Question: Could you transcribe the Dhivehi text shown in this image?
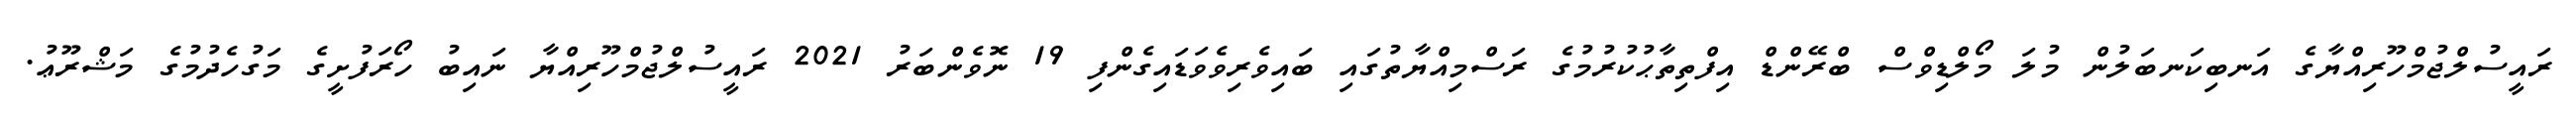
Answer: ރައީސުލްޖުމްހޫރިއްޔާގެ އަނބިކަނބަލުން މުލަ މޯލްޑިވްސް ބްރޭންޑް އިފްތިތާޙުކުރުމުގެ ރަސްމިއްޔާތުގައި ބައިވެރިވެވަޑައިގެންފި 19 ނޮވެންބަރު 2021 ރައީސުލްޖުމްހޫރިއްޔާ ނައިބު ހޯރަފުށީގެ މަގުހެދުމުގެ މަޝްރޫޢު.